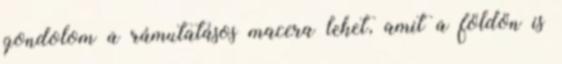
gondolom a rámutatásos macera lehet, amit a földön is